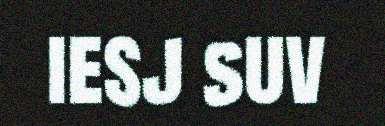
iesj suv